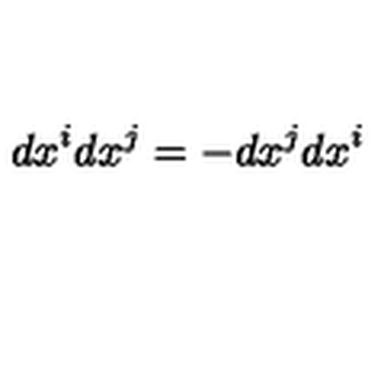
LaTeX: d x ^ { i } d x ^ { j } = - d x ^ { j } d x ^ { i }